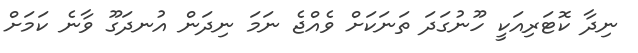
ނިދާ ކޮޓަރިއަކީ ހޫނުގަދަ ތަނަކަށް ވެއްޖެ ނަމަ ނިދަން އުނދަގޫ ވާނެ ކަަމަށް